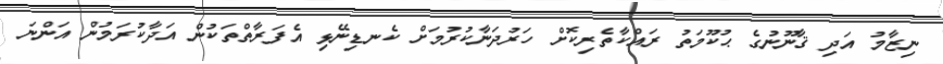
ނިޒާމު އަދި ޤާނޫނުގެ ޙުކޫމަތު ރައްކާތެރިކޮށް ހަރުދަނާކުރުމަށް ކެނޑިނޭޅި އެފަރާތްތަކުން އަދާކުރަމުން އަންނަ